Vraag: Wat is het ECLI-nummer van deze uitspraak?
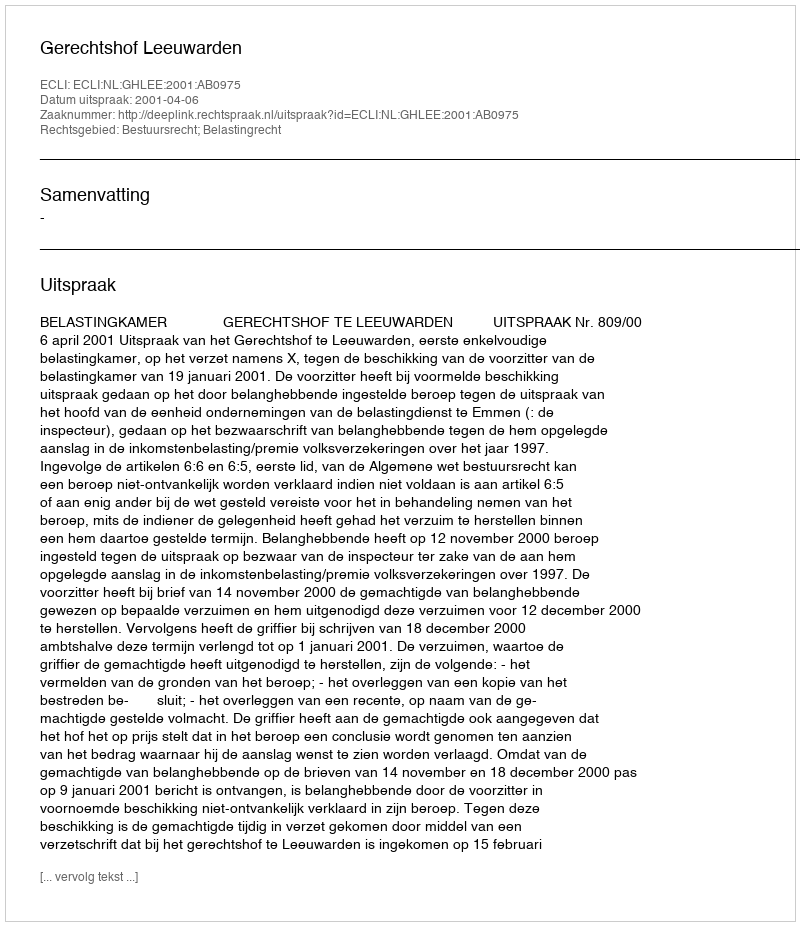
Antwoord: ECLI:NL:GHLEE:2001:AB0975